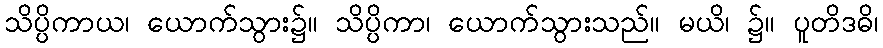
သိပ္ပိကာယ၊ ယောက်သွား၌။ သိပ္ပိကာ၊ ယောက်သွားသည်။ မယိ၊ ၌။ ပူတိဒဓိ၊